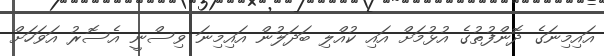
އައިމިނަގެ ދޮންފުތުގެ އުޅުމަށް އައި ކުއްލި ބަދަލުން އައިމިނަ ވިސްނީ އެސޮރު އަވަހަށް